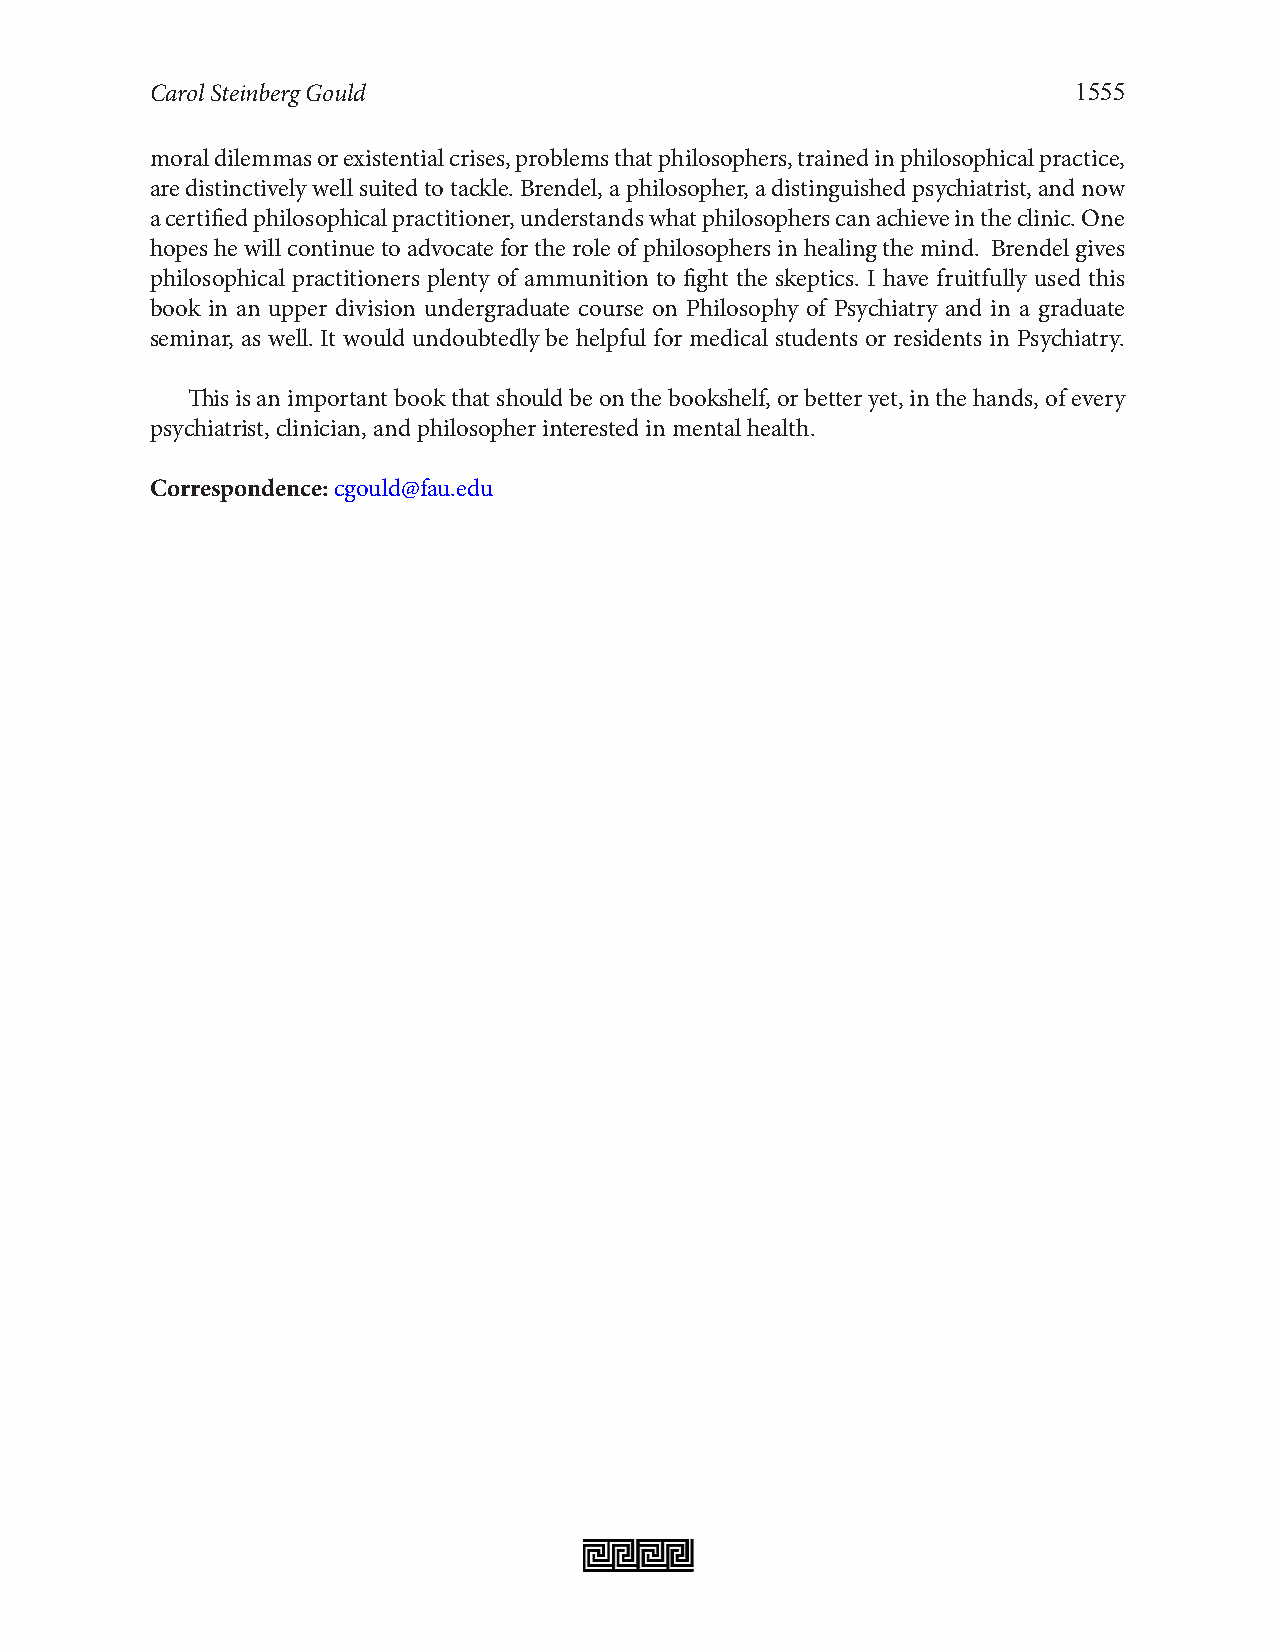
Carol Steinberg Gould                                        1555
 moral dilemmas or existential crises, problems that philosophers, trained in philosophical practice,
 are distinctively well suited to tackle. Brendel, a philosopher, a distinguished psychiatrist, and now
 a certified philosophical practitioner, understands what philosophers can achieve in the clinic. One
 hopes he will continue to advocate for the role of philosophers in healing the mind. Brendel gives
 philosophical practitioners plenty of ammunition to fight the skeptics. I have fruitfully used this
 book in an upper division undergraduate course on Philosophy of Psychiatry and in a graduate
 seminar, as well. It would undoubtedly be helpful for medical students or residents in Psychiatry.
 This is an important book that should be on the bookshelf, or better yet, in the hands, of every
 psychiatrist, clinician, and philosopher interested in mental health.
 Correspondence: cgould@fau.edu